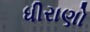
ધીરાણો